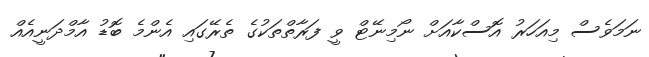
ނަމަވެސް މިއަހަރު އޮސްކާއަށް ނޯމިނޭޓް ވީ ފަރާތްތަކުގެ ތެރޭގައި އެންމެ ބޮޑު އާމްދަނީއެއް